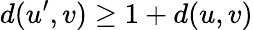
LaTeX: d(u^{\prime},v)\geq 1+d(u,v)